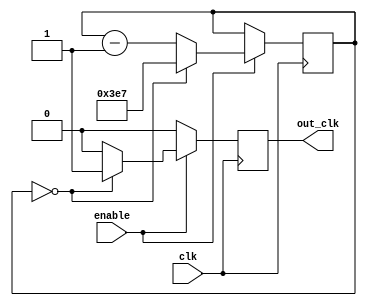
//Clock divider
module divider_2500 (enable, clk, out_clk);
	input clk, enable;
	output out_clk;
	parameter max_value = 999;
	reg [15:0] count;
	reg out_clk;

	initial out_clk = 1'b0;

	//Sends a clock pulse lasting one clock cycle when count is zero, restarts by setting count to max value
	always @(posedge clk) begin
		//If clock is enabled, send pulse when appropriate
		if (enable == 1'b1) begin
			if (count == 10'b0) begin
				out_clk <= 1'b1;
				count <= max_value;
				end

			//Down counter		
			else begin
				count <= count - 1'b1;
				out_clk <= 1'b0;
			end
		end

		//If clock is disabled, send pulse stream of 0
		else
			out_clk <= 1'b0;
	end
endmodule // divider_2500